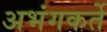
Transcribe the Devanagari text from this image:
अभंगकर्ते